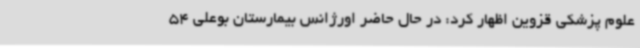
علوم پزشکی قزوین اظهار کرد: در حال حاضر اورژانس بیمارستان بوعلی 54